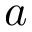
a